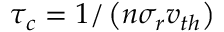
\tau _ { c } = 1 / \left( n \sigma _ { r } v _ { t h } \right)